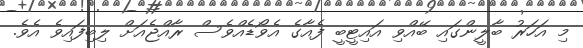
މި އަހަރު ބާލީންގައި ބޭއްވި އައިޓީބީ ފެއާގެ އެވޯޑެއްވެސް ރާއްޖެއަށް ލިބިފައިވެ އެވެ.